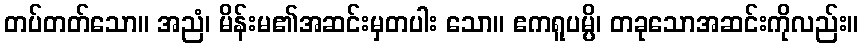
တပ်တတ်သော။ အညံ၊ မိန်းမ၏အဆင်းမှတပါး သော။ ဧကရူပမ္ပိ၊ တခုသောအဆင်းကိုလည်း။